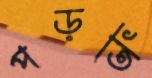
পড়তি